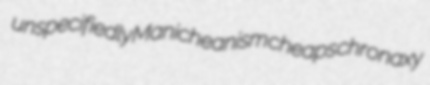
unspecifiedly Manicheanism cheaps chronaxy